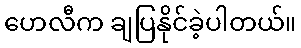
ဟေလီက ချပြနိုင်ခဲ့ပါတယ်။